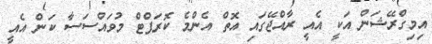
އިމިގްރޭޝަން އަކީ އެއީ ރާއްޖޭގައި އޮތް އެންމެ ކޮރަޕްޓް މުވައްސަސާ ކަން އެއީ